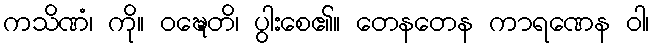
ကသိဏံ၊ ကို။ ဝဍ္ဎေတိ၊ ပွါးစေ၏။ တေနတေန ကာရဏေန ဝါ၊